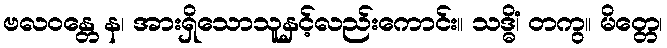
ဗလဝန္တေ န၊ အားရှိသောသူနှင့်လည်းကောင်း။ သဒ္ဓိံ၊ တကွ။ မိတ္တေ၊